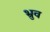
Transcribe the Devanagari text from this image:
भ्रुव